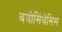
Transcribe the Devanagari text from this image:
बयोसिंथेसिस